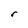
Character: r